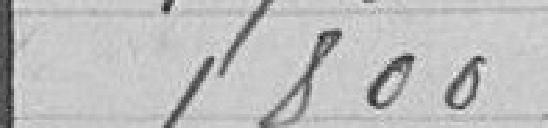
1800